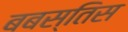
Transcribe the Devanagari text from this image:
बबस्तिस